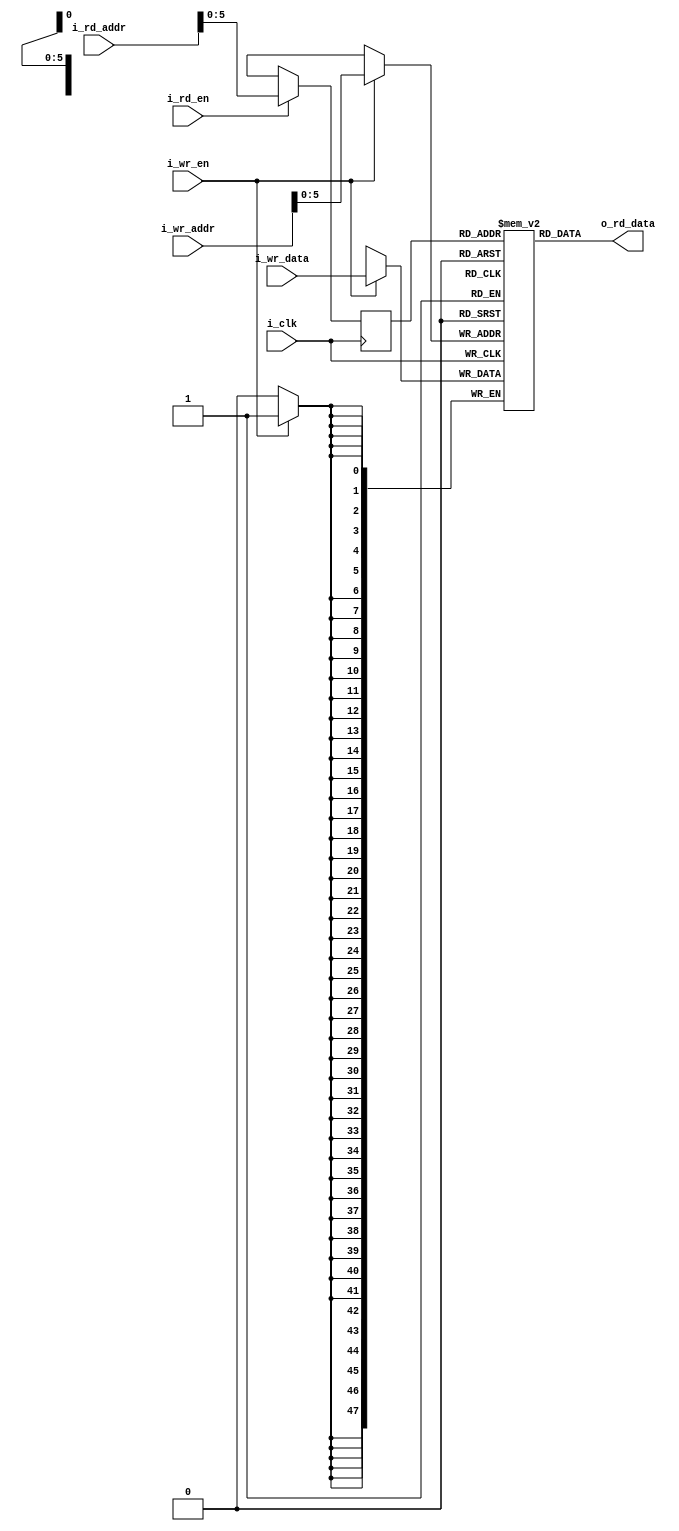
// wmem_fake: a fake weights memory

module wmem_fake
#(parameter
  DATA_WIDTH = 8,
	ROW_NUM = 6,
	ADDR_WIDTH = 7, // depth = 128, 0.75 KB
	ROW_WGT_WIDTH = DATA_WIDTH*ROW_NUM
	)
(
  input i_clk, 
  input i_wr_en,
  input [ADDR_WIDTH-1:0] i_wr_addr,
  input [ROW_WGT_WIDTH-1:0] i_wr_data, 
  input i_rd_en,   
  input [ADDR_WIDTH-1:0] i_rd_addr, 

  //output wire [ROW_WGT_WIDTH-1:0] o_bias,
  output wire [ROW_WGT_WIDTH-1:0] o_rd_data
);


// Here for the fake memory, only 4 will be implemented
reg [ROW_WGT_WIDTH-1:0] REG [0:63];

reg [ADDR_WIDTH-1:0] rd_addr;

//assign o_bias = REG[3];

assign o_rd_data = REG[rd_addr];

always @ (posedge i_clk) begin
  if(i_rd_en) rd_addr <= i_rd_addr;
  else rd_addr <= 7'bx;
end


always @ (posedge i_clk) begin
 	if(i_wr_en) REG[i_wr_addr] <= i_wr_data; // Write behavior
end

endmodule